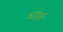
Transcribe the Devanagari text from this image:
अर्द्वपूर्वी